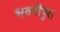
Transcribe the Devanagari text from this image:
भवनीपुर।